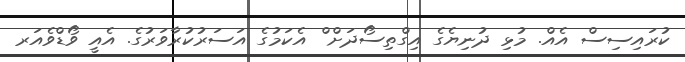
ކުރައިިސިސް އެއް. މުޅި ދުނިޔެގެ އިގްތިސޯދަށް ް އެކަމުގެ އަސަރުކުރާވަރުގެ. އެއީ ވޯޑްވެއަރ